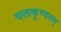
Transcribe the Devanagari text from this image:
चलत्कुण्डलम्